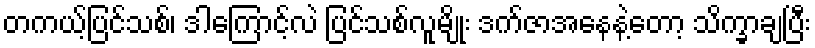
တကယ့်ပြင်သစ်၊ ဒါကြောင့်လဲ ပြင်သစ်လူမျိုး ဒက်ဇာအနေနဲ့တော့ သိက္ခာချပြီး